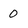
Character: 0